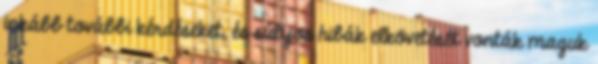
inkább további kérdéseket, és súlyos hibák elkövetését vonták maguk